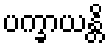
ပက္ခာယန္တိ